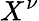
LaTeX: X^{\nu}